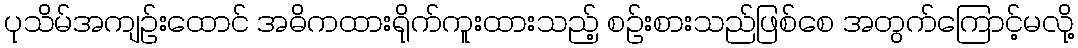
ပုသိမ်အကျဉ်းထောင် အဓိကထားရိုက်ကူးထားသည့် စဉ်းစားသည်ဖြစ်စေ အတွက်ကြောင့်မလို့